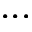
. . .